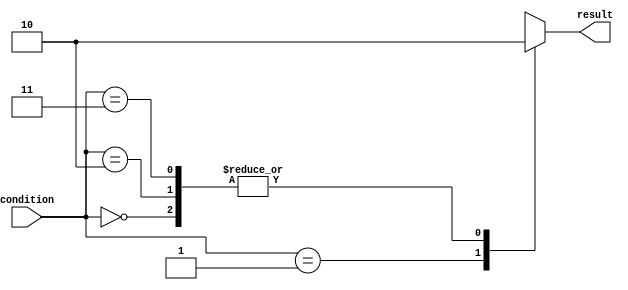
module unique_case_statement (
    input [1:0] condition,
    output reg result
);

always @* begin
    case (condition)
        2'b00: result = 1'b0; // Condition 00
        2'b01: result = 1'b1; // Condition 01
        2'b10: result = 1'b0; // Condition 10
        2'b11: result = 1'b0; // Condition 11
        default: result = 1'b0; // Default case
    endcase
end

endmodule